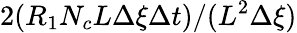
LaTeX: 2(R_{1}N_{c}L\Delta\xi\Delta t)/(L^{2}\Delta\xi)